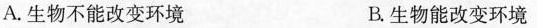
A.生物不能改变环境 B.生物能改变环境